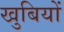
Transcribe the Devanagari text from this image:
खुबियों